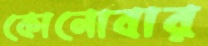
কোনোবার